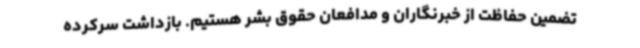
تضمین حفاظت از خبرنگاران و مدافعان حقوق بشر هستیم. بازداشت سرکرده